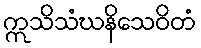
ဣသိသံဃနိသေဝိတံ